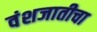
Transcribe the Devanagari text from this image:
वंशजातीचा